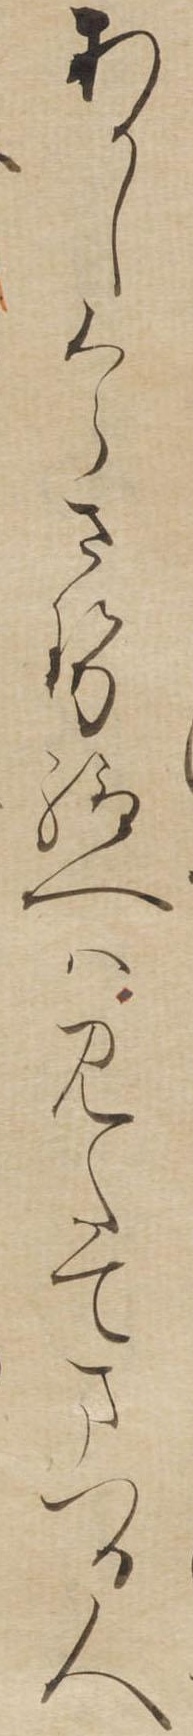
あかしくらさせ給へはみたてまつる人